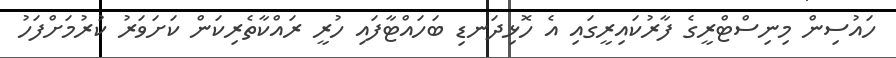
ހައުސިން މިނިސްޓްރީގެ ފާރުކައިރީގައި އެ ހޮޅިދަނޑި ބަހައްޓާފައި ހުރީ ރައްކާތެރިކަން ކަށަވަރު ކުރުމަށްފަހު